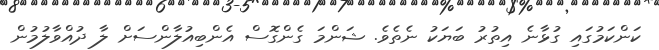
ކަންކަމުގައި ގުޅާނެ އިތުރު ބަޔަކު ނެތެވެ. ޝަންމަ ގެންގޮސް އެންބިއުލާންސަށް ލާ ދުއްވާލުމުން